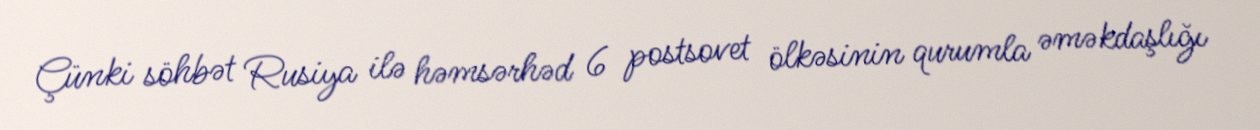
Çünki söhbət Rusiya ilə həmsərhəd 6 postsovet ölkəsinin qurumla əməkdaşlığı